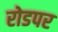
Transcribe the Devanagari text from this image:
रोडपर